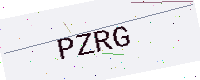
Text: PZRG